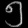
Digit: ၅